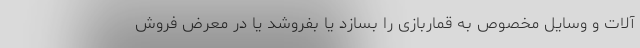
آلات و وسایل مخصوص به قماربازی را بسازد یا بفروشد یا در معرض فروش